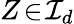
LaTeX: Z\! \in\! {\cal I}_{d}